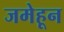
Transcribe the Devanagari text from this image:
जमेहून